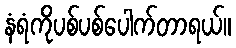
နံရံကိုပစ်ပစ်ပေါက်တာရယ်။